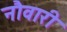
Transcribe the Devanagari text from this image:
नौवारी